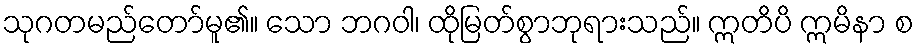
သုဂတမည်တော်မူ၏။ သော ဘဂဝါ၊ ထိုမြတ်စွာဘုရားသည်။ ဣတိပိ ဣမိနာ စ